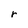
Character: r